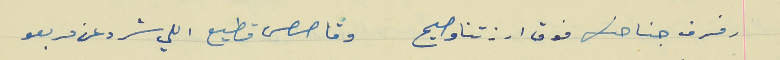
رفرف جناحك فوق ارزتنا وصيح                           وقاصص قطيع اللي شرد عن مربعو